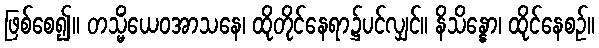
ဖြစ်စေ၍။ တသ္မိံယေဝအာသနေ၊ ထိုတိုင်နေရာ၌ပင်လျှင်။ နိသိန္နော၊ ထိုင်နေစဉ်။